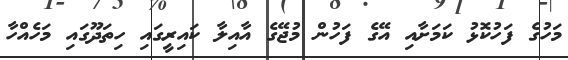
މަހުގެ ފަހުކޮޅު ކަމަށާއި އޭގެ ފަހުން މުޖޭގެ އާއިލާ ކައިރީގައި ހިތަދޫގައި މަހެއްހާ